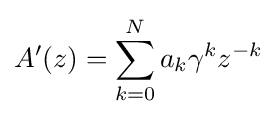
A'(z)=\sum _{k=0}^{N}a_{k}\gamma ^{k}z^{-k}